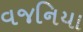
વજનિયા